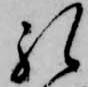
礼